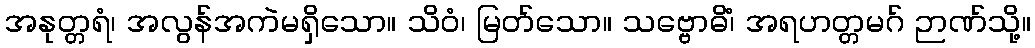
အနုတ္တရံ၊ အလွန်အကဲမရှိသော။ သိဝံ၊ မြတ်သော။ သဗ္ဗောဓိံ၊ အရဟတ္တမဂ် ဉာဏ်သို့။